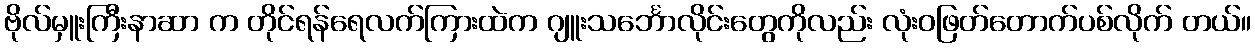
ဗိုလ်မှူးကြီးနာဆာ က တိုင်ရန်ရေလက်ကြားထဲက ဂျူးသင်္ဘောလိုင်းတွေကိုလည်း လုံးဝဖြတ်တောက်ပစ်လိုက် တယ်။